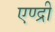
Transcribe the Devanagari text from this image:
एण्द्री